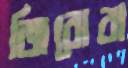
জিরোবা